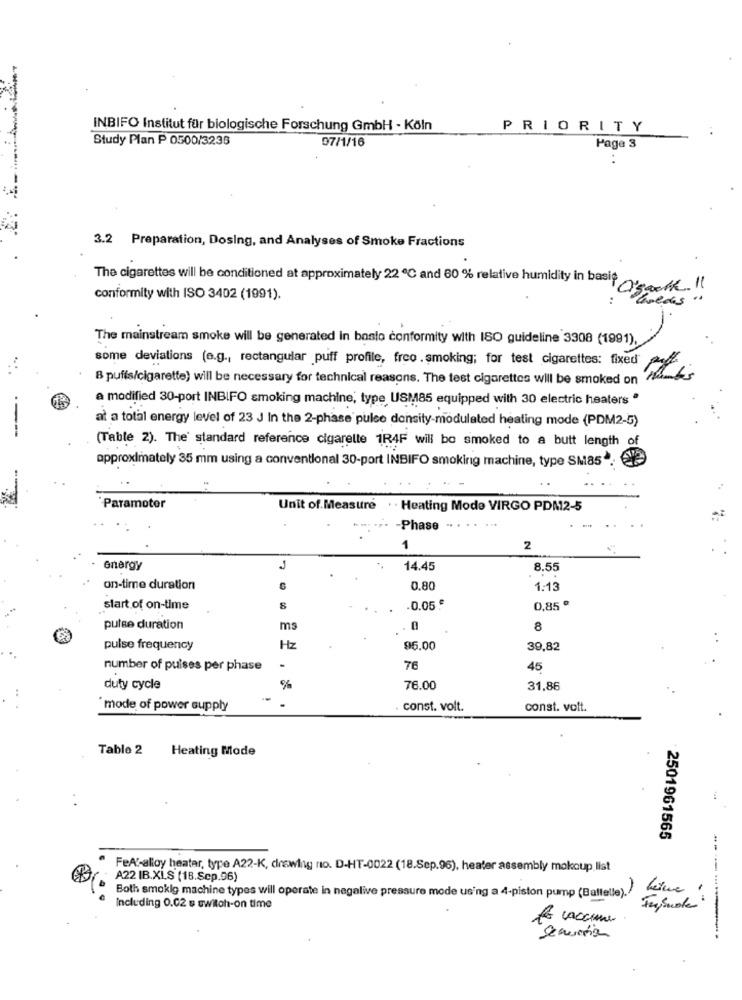
INBIFO Institut für biologische Forschung GmbH - Köln
PRIORITY
Study Plan P 0500/3236
97/1/16
Page 3
3.2 Preparation, Dosing, and Analyses of Smoke Fractions
The cigarettes will be conditioned at approximately 22 ℃ and 60 % relative humidity in basit year."
conformity with ISO 3402 (1991).
The mainstream smoke will be generated in basto conformity with ISO guideline 3308 (1991),
some deviations (e.g ., rectangular puff profile, freo .smoking; for test cigarettes: fixed
8 puffs/cigarette) will be necessary for technical reasons. The test cigarettes will be smoked on
a modified 30-port INBIFO smoking machine, type, USM85 equipped with 30 electric heaters "
at a total energy level of 23 J In the 2-phase pulse density-modulated heating mode (PDM2-5)
----
(Table 2). The' standard reference cigarelle 1R4F will bo smoked to a butt length of
approximately 35 mm using a conventional 30-port INBIFO smoking machine, type SM85".
'Paramotor
Unit of Measure
. . Heating Mode VIRGO PDM2-5
. ... - Phase - .
1
2
energy
J
14.45
8.55
on-time duration
0,80
1:13
start of on-time
8
.0.05 €
0,85 º
pulse duration
ms
0
8
pulse frequency
Hz
95.00
39,82
number of puises per phase
76
45
duty cycle
%
76.00
31.86
"mode of power supply
const. volt.
const. volt.
Tablo 2
Heating Mode
2501961565
FeAf-alloy heater, type A22-K, drewlig no. D-HT-0022 (18.Sep.96), heater assembly mokcup list
A22 IB.XLS (18.Sep.96)
Both smoklg machine types will operate in negative pressure mode using a 4-piston pump (Ballelle).
Including 0.02 s switch-on time
to vaccine
---------